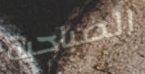
الصباحية